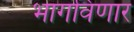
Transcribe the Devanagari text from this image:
भागविणार